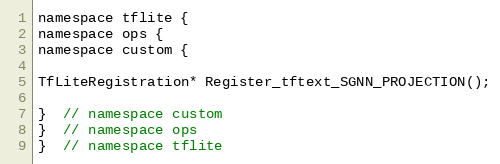
Language: C
namespace tflite {
namespace ops {
namespace custom {

TfLiteRegistration* Register_tftext_SGNN_PROJECTION();

}  // namespace custom
}  // namespace ops
}  // namespace tflite